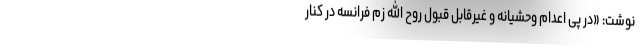
نوشت: «در پی اعدام وحشیانه و غیرقابل قبول روح الله زم فرانسه در کنار